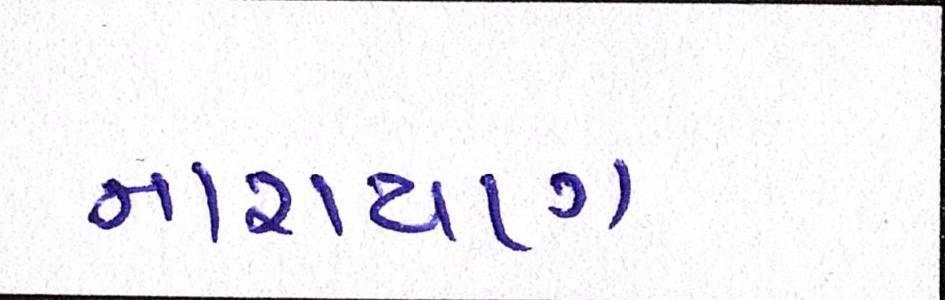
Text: નારાયણ